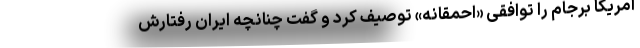
آمریکا برجام را توافقی «احمقانه» توصیف کرد و گفت چنانچه ایران رفتارش